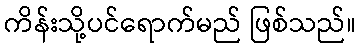
ကိန်းသို့ပင်ရောက်မည် ဖြစ်သည်။